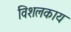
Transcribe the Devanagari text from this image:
विशलकाय